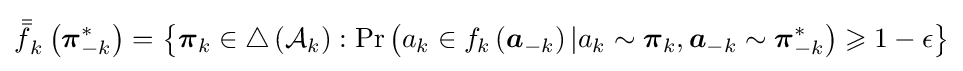
{\bar {\bar {f}}}_{k}\left({\boldsymbol {\pi }}_{-k}^{*}\right)=\left\lbrace {\boldsymbol {\pi }}_{k}\in \triangle \left({\mathcal {A}}_{k}\right):\mathrm {Pr} \left(a_{k}\in f_{k}\left({\boldsymbol {a}}_{-k}\right)|a_{k}\sim {\boldsymbol {\pi }}_{k},{\boldsymbol {a}}_{-k}\sim {\boldsymbol {\pi }}_{-k}^{*}\right)\geqslant 1-\epsilon \right\rbrace